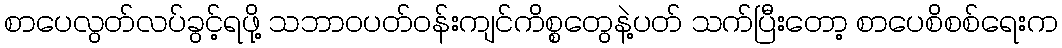
စာပေလွတ်လပ်ခွင့်ရဖို့ သဘာဝပတ်ဝန်းကျင်ကိစ္စတွေနဲ့ပတ် သက်ပြီးတော့ စာပေစိစစ်ရေးက